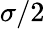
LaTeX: \sigma/2